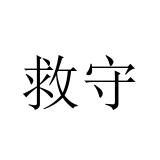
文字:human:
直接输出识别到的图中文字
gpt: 救守